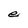
Character: e